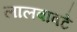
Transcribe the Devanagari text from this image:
लालबावटे